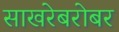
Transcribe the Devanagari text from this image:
साखरेबरोबर